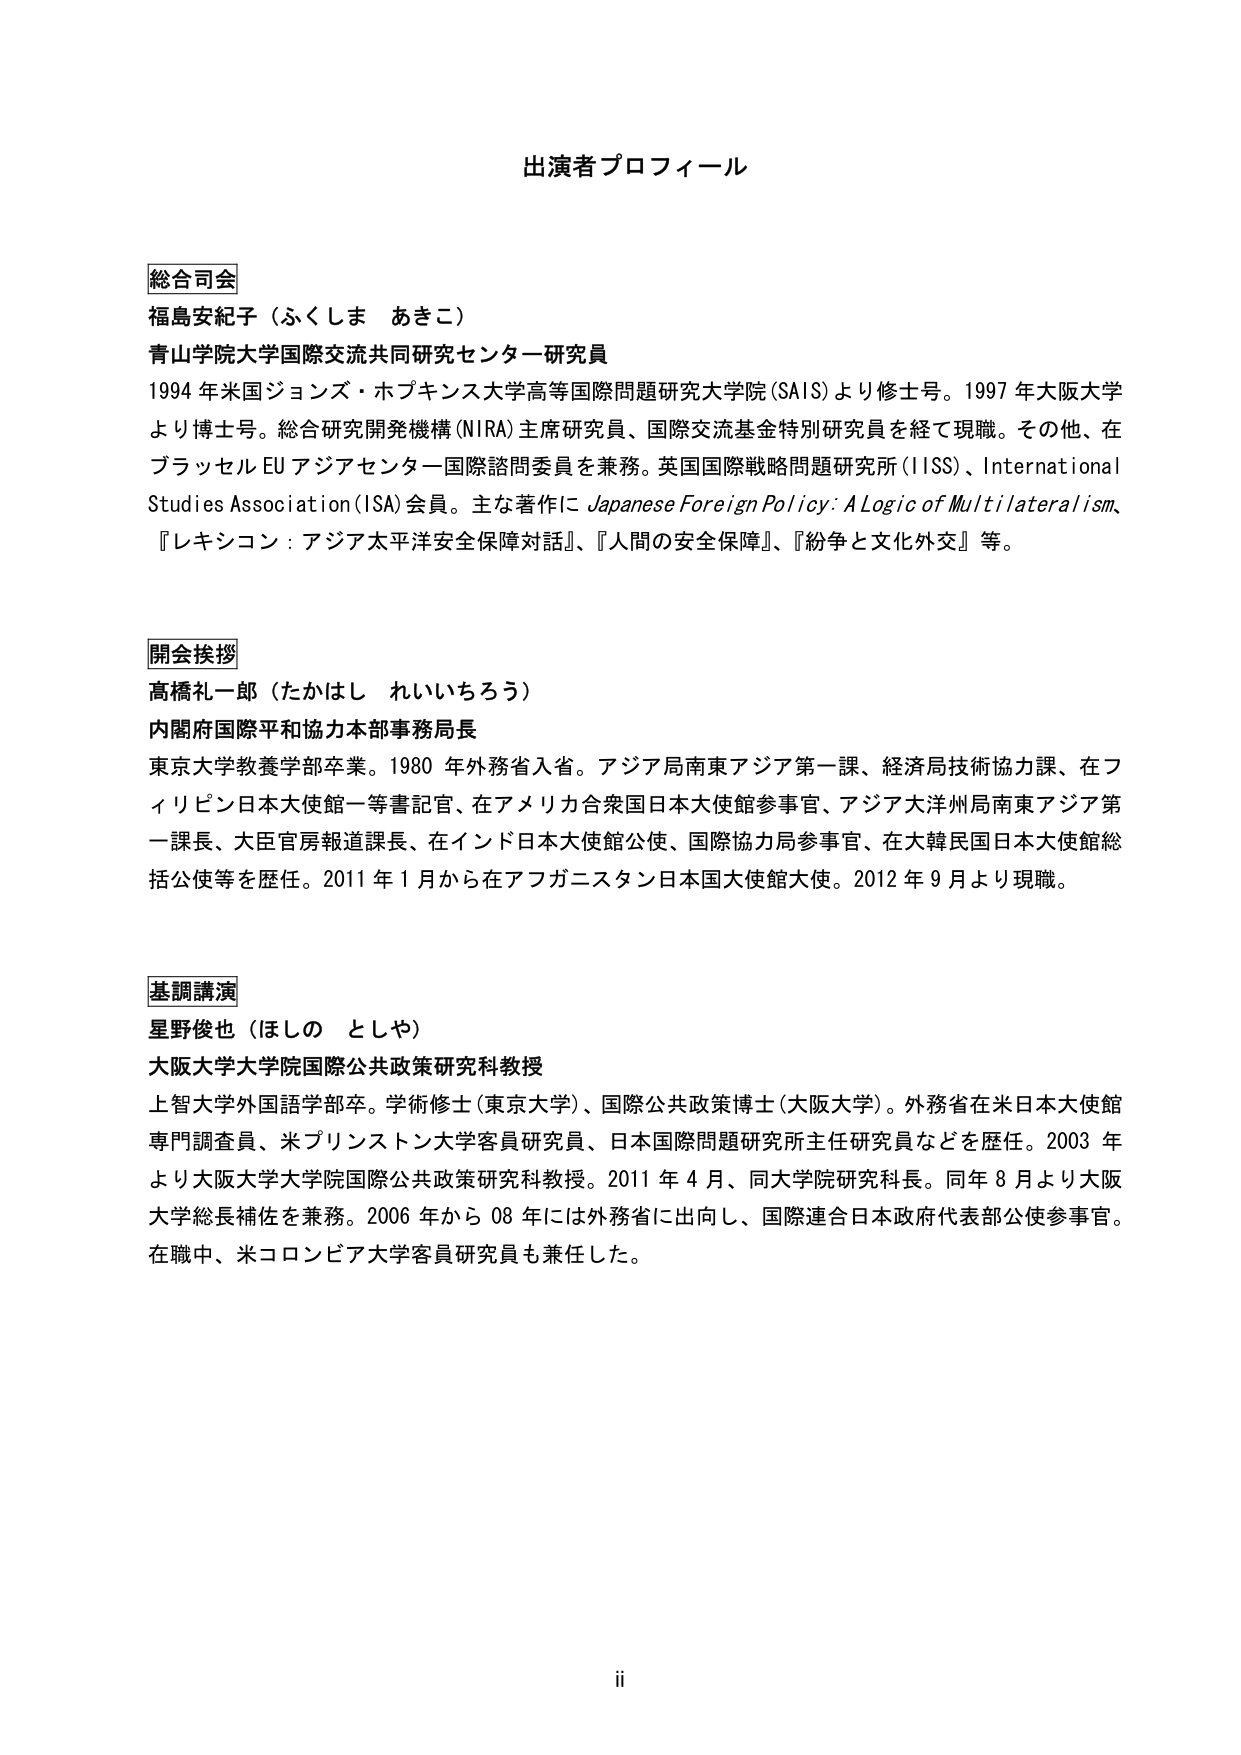
出演者プロフィール

総合司会
福島安紀子（ふくしま あきこ）
青山学院大学国際交流共同研究センター研究員
1994 年米国ジョンズ・ホプキンス大学高等国際問題研究大学院(SAIS)より修士号。1997 年大阪大学
より博士号。総合研究開発機構(NIRA)主席研究員、国際交流基金特別研究員を経て現職。その他、在
ブラッセル EU アジアセンター国際諮問委員を兼務。英国国際戦略問題研究所(ISS)、International
Studies Association(ISA)会員。主な著作に Japanese Foreign Policy: A Logic of Multilateralism、
『レキシコン：アジア太平洋安全保障対話』、『人間の安全保障』、『紛争と文化外交』等。

開会挨拶
高橋礼一郎（たかはし れいいちろう）
内閣府国際平和協力本部事務局長
東京大学教養学部卒業。1980 年外務省入省。アジア局南東アジア第一課、経済局技術協力課、在フ
ィリピン日本大使館一等書記官、在アメリカ合衆国日本大使館参事官、アジア大洋州局南東アジア第
一課長、大臣官房報道課長、在インド日本大使館公使、国際協力局参事官、在大韓民国日本大使館総
括公使等を歴任。2011 年 1 月から在アフガニスタン日本国大使館大使。2012 年 9 月より現職。

基調講演
星野俊也（ほしの としや）
大阪大学大学院国際公共政策研究科教授
上智大学外国語学部卒。学術修士(東京大学)、国際公共政策博士(大阪大学)。外務省在米日本大使館
専門調査員、米プリンストン大学客員研究員、日本国際問題研究所主任研究員などを歴任。2003 年
より大阪大学大学院国際公共政策研究科教授。2011 年 4 月、同大学院研究科長。同年 8 月より大阪
大学総長補佐を兼務。2006 年から 08 年には外務省に出向し、国際連合日本政府代表部公使参事官。
在職中、米コロンビア大学客員研究員も兼任した。

ii